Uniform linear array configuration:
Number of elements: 16
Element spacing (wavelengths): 1
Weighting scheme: cosine
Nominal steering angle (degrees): -30
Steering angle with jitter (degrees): -28.17
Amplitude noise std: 0.05
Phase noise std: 0.05

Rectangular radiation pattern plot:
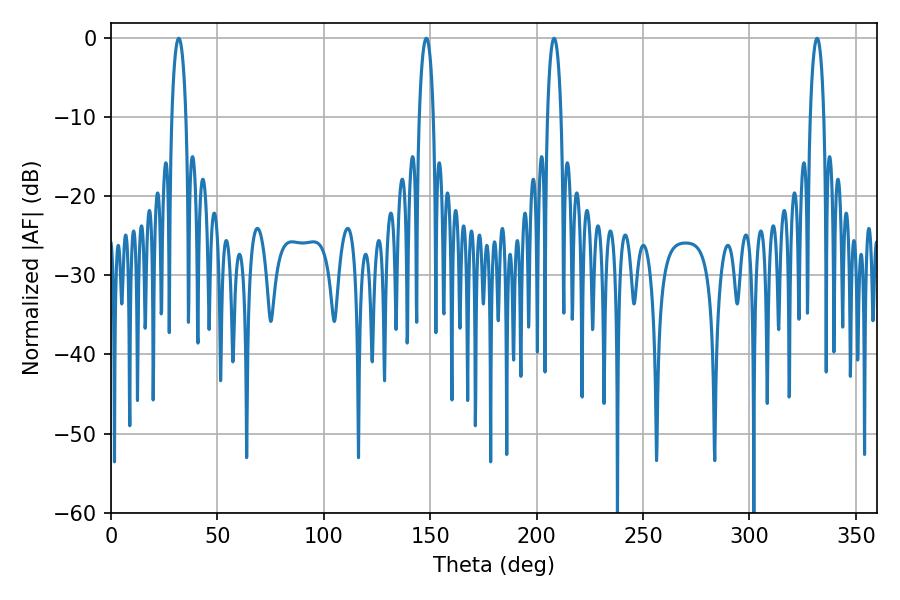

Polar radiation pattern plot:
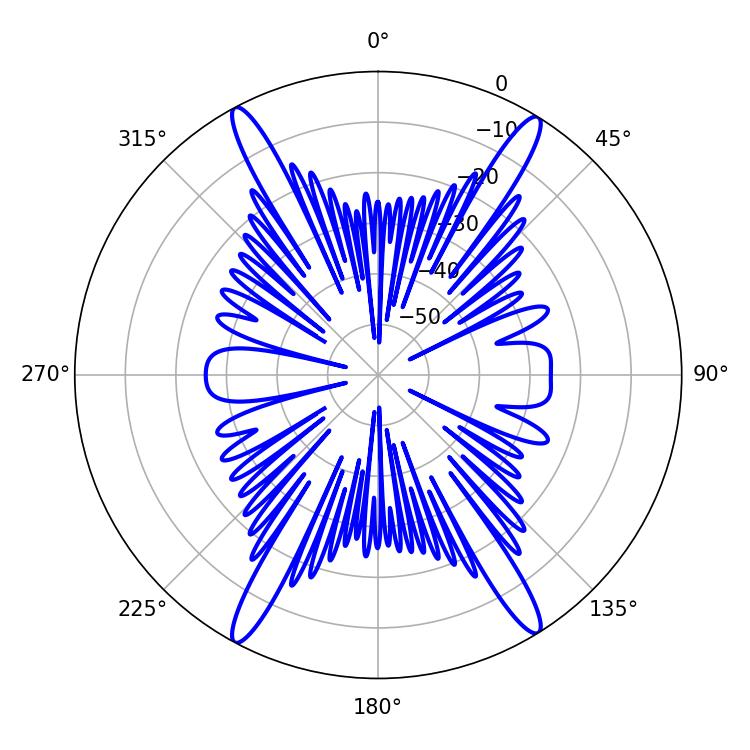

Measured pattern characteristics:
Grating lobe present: TRUE
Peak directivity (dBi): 22.644
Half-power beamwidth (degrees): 3.6
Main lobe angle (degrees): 31.86